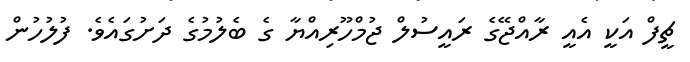
ޗީފް އަކީ އެއީ ރާއްޖޭގެ ރައީސުލް ޖުމްހޫރިއްޔާ ގެ ބެލުމުގެ ދަށުގައެވެ. ފުލުހުން